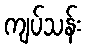
ကျပ်သန်း